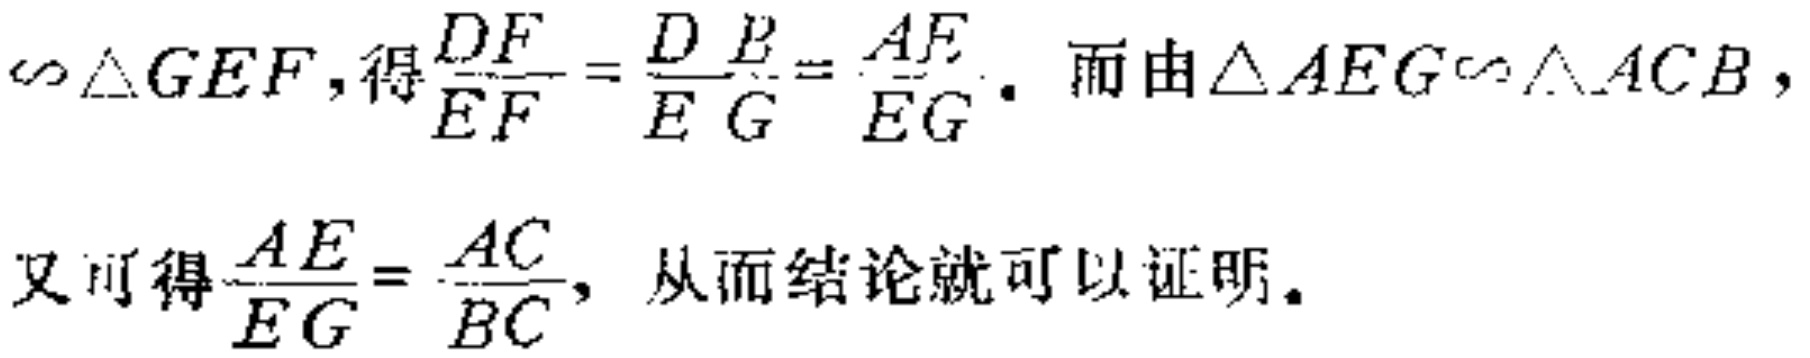
$\backsim\triangle GEF,得\frac{DF}{EF}=\frac{DE}{EG}=\frac{AF}{EG}。而由\triangle AEG\backsim\triangle ACB，$
$又可得\frac{AE}{EG}=\frac{AC}{BC}，从而结论就可以证明。$